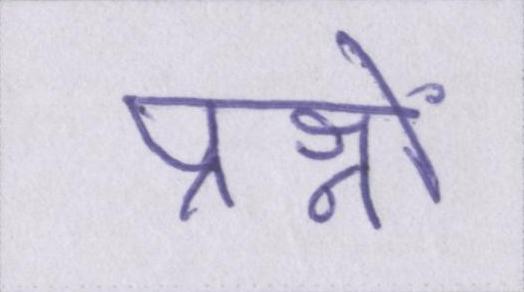
प्रश्नों